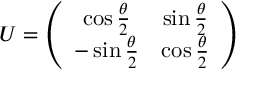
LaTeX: { \cal { U } } = \left( \begin{array} { c c } { { \cos { \frac { \theta } { 2 } } } } & { { \sin { \frac { \theta } { 2 } } } } \\ { { - \sin { \frac { \theta } { 2 } } } } & { { \cos { \frac { \theta } { 2 } } } } \end{array} \right)